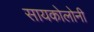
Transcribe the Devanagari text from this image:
सायकोलोनी